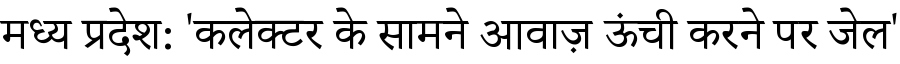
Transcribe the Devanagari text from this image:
मध्य प्रदेश: 'कलेक्टर के सामने आवाज़ ऊंची करने पर जेल'